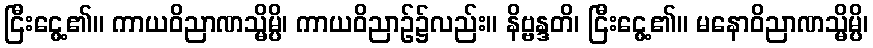
ငြီးငွေ့၏။ ကာယဝိညာဏသ္မိမ္ပိ၊ ကာယဝိညာဉ်၌လည်း။ နိဗ္ဗန္ဒတိ၊ ငြီးငွေ့၏။ မနောဝိညာဏသ္မိမ္ပိ၊